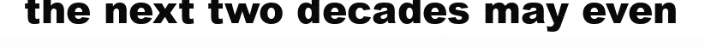
the next two decades may even